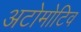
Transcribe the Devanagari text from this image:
अटोमोटिव